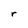
Character: r